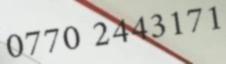
0770 2443171